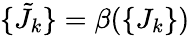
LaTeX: \{ {\tilde{J}}_{k}\} =\beta(\{ J_{k}\} )